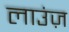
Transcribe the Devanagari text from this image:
लाउंज़